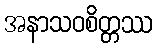
အနာသဝစိတ္တဿ